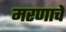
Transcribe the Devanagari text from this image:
मरणाचें